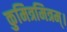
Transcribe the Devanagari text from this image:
कुमित्रमित्रम्।